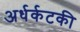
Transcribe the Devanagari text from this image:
अर्धर्कटकी